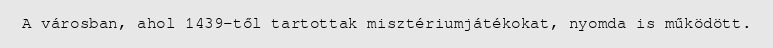
A városban, ahol 1439-től tartottak misztériumjátékokat, nyomda is működött.